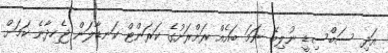
އަދި ސަބްސިޑީ ނުލިބޭ ނަމަ ބައެއް ރަށްރަށުގެ ކަރަންޓް ކަނޑާލަން ޖެހިދާނެ ކަމަށް